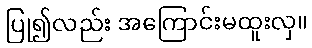
ပြု၍လည်း အကြောင်းမထူးလှ။